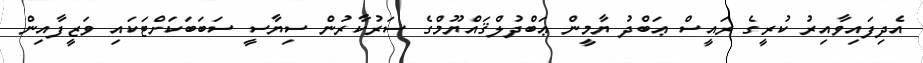
އެދިފައިވާއިރު ކުރީގެ ރައީސް ޢަބްދު ޔާމީން ޢަބްދުލްޤައްޔޫމްގެ ސަރުކާރުން ސިޔާސީ ސަބަބަކަށްޓަކައި ވަޒީފާއިން